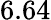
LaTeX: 6.64